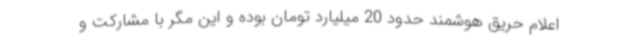
اعلام حریق هوشمند حدود 20 میلیارد تومان بوده و این مگر با مشارکت و